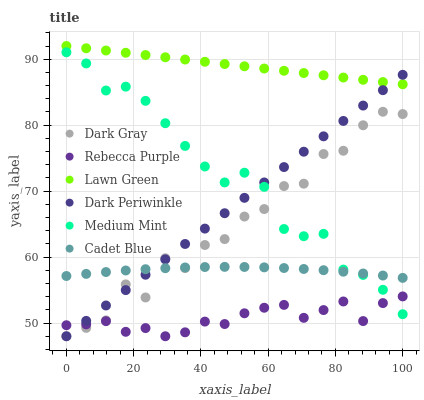
| xaxis_label | Dark Gray | Rebecca Purple | Lawn Green | Dark Periwinkle | Medium Mint | Cadet Blue |
 | --- | --- | --- | --- | --- | --- | --- |
 | 0 | 48 | 49.7 | 92 | 48 | 91 | 57.1 |
 | 5.88 | 49.3 | 49.8 | 91.7 | 50.3 | 89.4 | 57.5 |
 | 11.8 | 50.4 | 50.3 | 91.3 | 52.7 | 85.3 | 57.7 |
 | 17.6 | 55.9 | 48.7 | 91 | 55 | 85.8 | 58 |
 | 23.5 | 53.9 | 49.2 | 90.6 | 57.3 | 83.7 | 58.2 |
 | 29.4 | 59.8 | 48 | 90.3 | 59.7 | 80.3 | 58.3 |
 | 35.3 | 58.3 | 48.6 | 90 | 62 | 76.9 | 58.4 |
 | 41.2 | 61.8 | 50.2 | 89.6 | 64.3 | 73.7 | 58.5 |
 | 47.1 | 62.7 | 49.9 | 89.3 | 66.7 | 71.3 | 58.5 |
 | 52.9 | 66.1 | 51.5 | 88.9 | 69 | 72.8 | 58.5 |
 | 58.8 | 67.3 | 52.3 | 88.6 | 71.3 | 70.6 | 58.4 |
 | 64.7 | 70.8 | 52.8 | 88.2 | 73.6 | 64.3 | 58.3 |
 | 70.6 | 71.1 | 50.8 | 87.9 | 76 | 63.2 | 58.2 |
 | 76.5 | 75.6 | 52 | 87.6 | 78.3 | 63.5 | 58 |
 | 82.4 | 76.1 | 53.3 | 87.2 | 80.6 | 58.1 | 57.8 |
 | 88.2 | 80 | 50.3 | 86.9 | 83 | 57.3 | 57.5 |
 | 94.1 | 82 | 53 | 86.5 | 85.3 | 55 | 57.2 |
 | 100 | 81.7 | 54 | 86.2 | 87.6 | 51.3 | 56.8 |